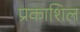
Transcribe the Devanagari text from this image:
प्रकाशिल